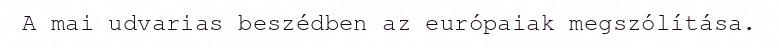
A mai udvarias beszédben az európaiak megszólítása.